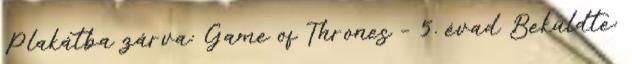
Plakátba zárva: Game of Thrones – 5. évad Beküldte: